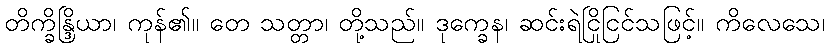
တိက္ခိန္ဒြိယာ၊ ကုန်၏။ တေ သတ္တာ၊ တို့သည်။ ဒုက္ခေန၊ ဆင်းရဲငြိုငြင်သဖြင့်။ ကိလေသေ၊